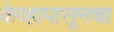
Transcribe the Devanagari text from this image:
केव्हापासूनचा